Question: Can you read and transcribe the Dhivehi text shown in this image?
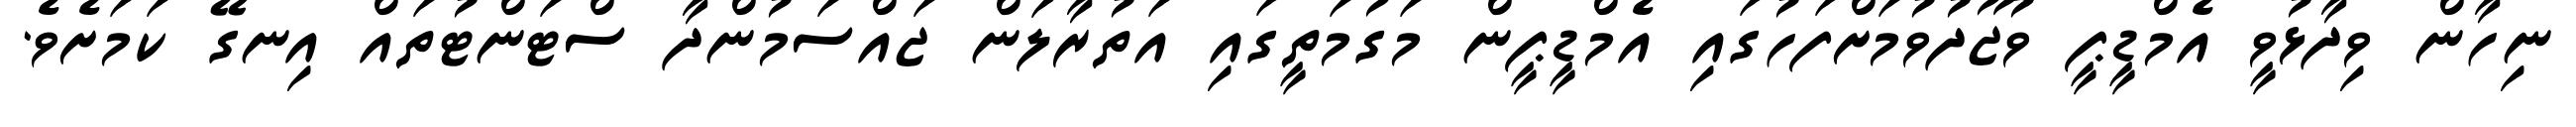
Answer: ނިހާން ވިދާޅުވީ އެމްޑީޕީ ވުޖޫދުވުމަށްފަހުގައި އެމްޑީޕީން މަގުމަތީގައި އަތުރާލަން ޖައްސަމުންދާ ސްޓަންޓުތައް އިނގޭ ކަމަށެވެ.